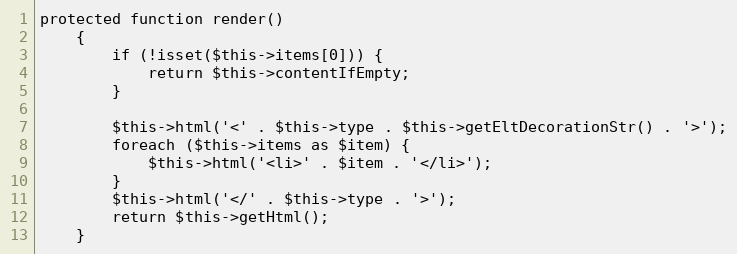
Language: PHP
protected function render()
    {
        if (!isset($this->items[0])) {
            return $this->contentIfEmpty;
        }

        $this->html('<' . $this->type . $this->getEltDecorationStr() . '>');
        foreach ($this->items as $item) {
            $this->html('<li>' . $item . '</li>');
        }
        $this->html('</' . $this->type . '>');
        return $this->getHtml();
    }